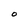
Character: 0